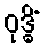
ဝုဒ္ဓိံ